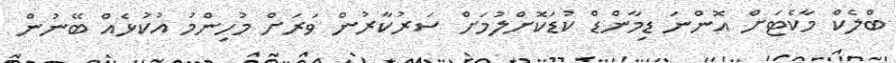
ބްލެކް މާކެޓަށް އޮންނަ ޑިމާންޑް ކުޑަކޮށްލުމަށް ސަރުކާރުން ވަރަށް މުހިންމު އުކުޅެއް ބޭނުން